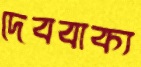
দেববাক্য